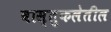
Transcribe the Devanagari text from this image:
वास्तुकलेतील